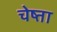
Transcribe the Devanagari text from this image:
चेष्ता